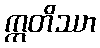
ဣတိဿာ